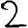
Digit: 2